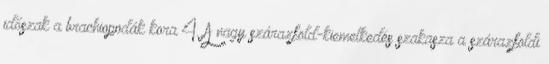
időszak—a brachiopodák kora 4. A nagy szárazföld-kiemelkedés szakasza—a szárazföldi